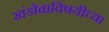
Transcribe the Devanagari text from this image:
खंडोबाविषयीच्या